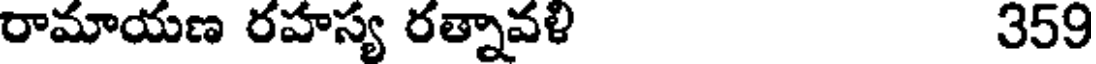
రామాయణ రహస్య రత్నావళి 359